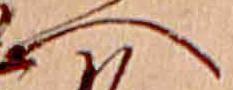
へ